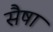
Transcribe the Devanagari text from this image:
सैषा